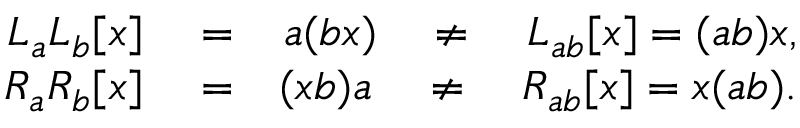
\begin{array} { r l r } { L _ { a } L _ { b } [ x ] } & { { } = } & { a ( b x ) \quad \neq \quad L _ { a b } [ x ] = ( a b ) x , } \\ { R _ { a } R _ { b } [ x ] } & { { } = } & { ( x b ) a \quad \neq \quad R _ { a b } [ x ] = x ( a b ) . } \end{array}